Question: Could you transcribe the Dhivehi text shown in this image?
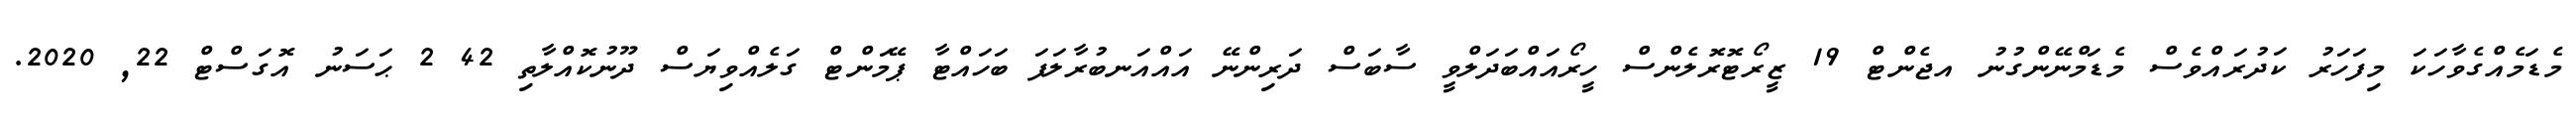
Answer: މެޑަމެއްގެވާހަކަ މިފަހަރު ކަދުރައްވެސް މެޑަމްނޭންގުނު އޖެންޓް 19 ޒީރޯޓޮރޮލެންސް ހީރޯއައްބަދަލްވީ ސާބަސް ދަރިންނޭ އައްއަނބުރާލަފަ ބަހައްޓާ ޕޭމަންޓް ގަލެއްވިޔަސް ދޫނުކޮއްލާތި 42 2 ޙަސަނު އޮގަސްޓް 22, 2020.